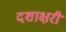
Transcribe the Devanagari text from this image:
दशाक्षरी